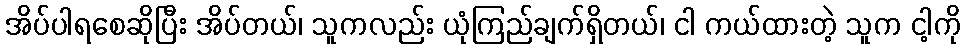
အိပ်ပါရစေဆိုပြီး အိပ်တယ်၊ သူကလည်း ယုံကြည်ချက်ရှိတယ်၊ ငါ ကယ်ထားတဲ့ သူက ငါ့ကို